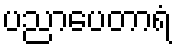
ပညာပေတာရံ